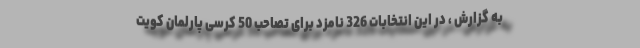
به گزارش ، در این انتخابات 326 نامزد برای تصاحب 50 کرسی پارلمان کویت